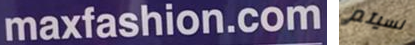
maxfashion.com نسيتم